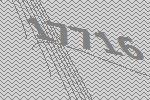
17716